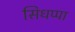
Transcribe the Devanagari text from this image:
सिधप्पा